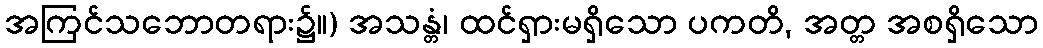
အကြင်သဘောတရား၌။) အသန္တံ၊ ထင်ရှားမရှိသော ပကတိ, အတ္တ အစရှိသော